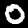
Digit: 0